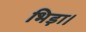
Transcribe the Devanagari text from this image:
भिड़ा।